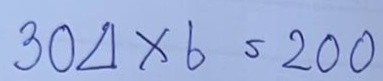
304 x 6 = 200